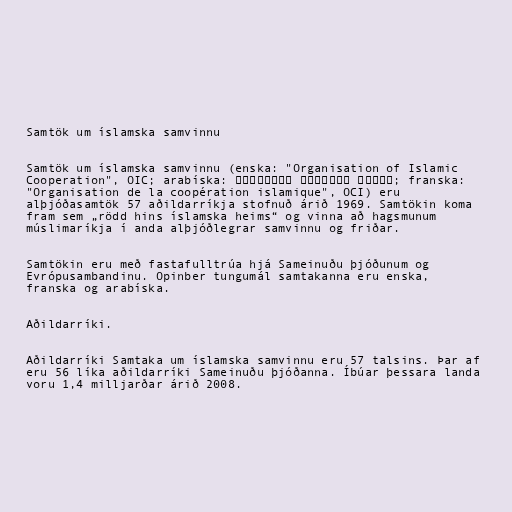
Samtök um íslamska samvinnu

Samtök um íslamska samvinnu (enska: "Organisation of Islamic
Cooperation", OIC; arabíska: منظمة التعاون الإسلامي‎; franska:
"Organisation de la coopération islamique", OCI) eru
alþjóðasamtök 57 aðildarríkja stofnuð árið 1969. Samtökin koma
fram sem „rödd hins íslamska heims“ og vinna að hagsmunum
múslimaríkja í anda alþjóðlegrar samvinnu og friðar.

Samtökin eru með fastafulltrúa hjá Sameinuðu þjóðunum og
Evrópusambandinu. Opinber tungumál samtakanna eru enska,
franska og arabíska.

Aðildarríki.

Aðildarríki Samtaka um íslamska samvinnu eru 57 talsins. Þar af
eru 56 líka aðildarríki Sameinuðu þjóðanna. Íbúar þessara landa
voru 1,4 milljarðar árið 2008.